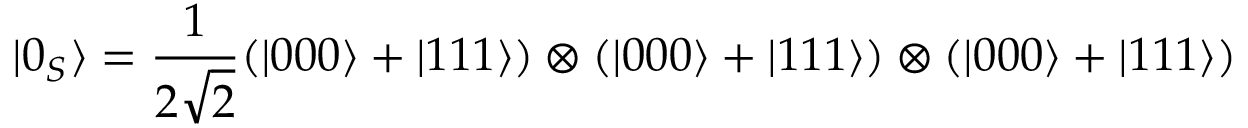
| 0 _ { S } \rangle = { \frac { 1 } { 2 { \sqrt { 2 } } } } ( | 0 0 0 \rangle + | 1 1 1 \rangle ) \otimes ( | 0 0 0 \rangle + | 1 1 1 \rangle ) \otimes ( | 0 0 0 \rangle + | 1 1 1 \rangle )